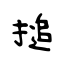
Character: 搥